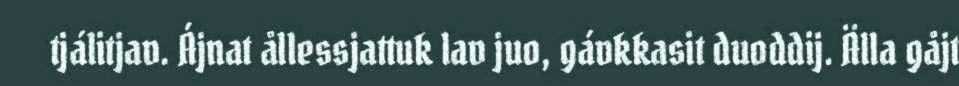
tjálitjav. Ájnat ållessjattuk lav juo, gávkkasit duoddij. Älla gåjt